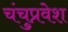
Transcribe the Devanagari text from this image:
चंचुप्रवेश